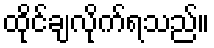
ထိုင်ချလိုက်ရသည်။